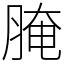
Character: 腌